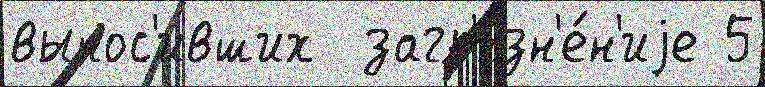
вынос'ивших  загр'язн'е́н'иjе 5